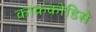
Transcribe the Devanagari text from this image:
काककोडिसे